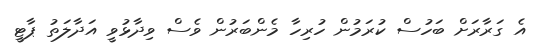
އެ ގަރާރަށް ބަހުސް ކުރަމުން ހުރިހާ މެންބަރުން ވެސް ވިދާޅުވީ އަދާލަތު ޕާޓީ